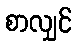
စာလျှင်